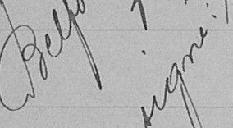
signé Schmitt